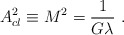
\begin{align*}A^2_{cl} \equiv M^2 = \frac{1}{G\lambda} \ .\end{align*}